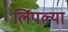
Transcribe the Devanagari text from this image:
लिंपल्या